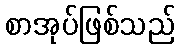
စာအုပ်ဖြစ်သည်